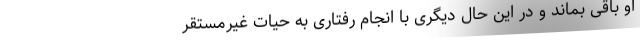
او باقی بماند و در این حال دیگری با انجام رفتاری به حیات غیرمستقر